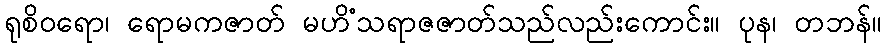
ရုစိဝရော၊ ရောမကဇာတ် မဟိံသရာဇဇာတ်သည်လည်းကောင်း။ ပုန၊ တဘန်။